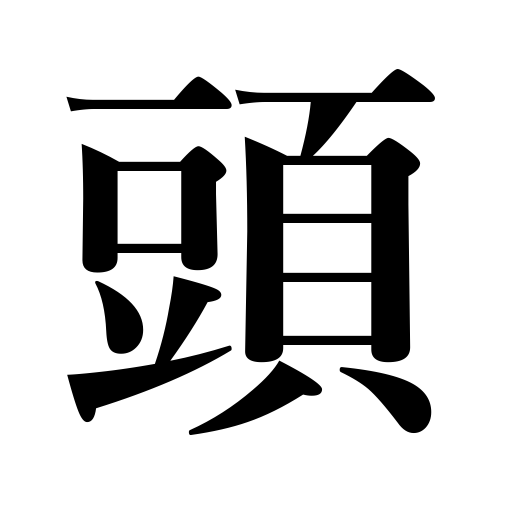
Meanings: head of boil,mind,idea,point of view,consideration,intellect,counter for large mammals,head,leader,hair,top,chief,brain